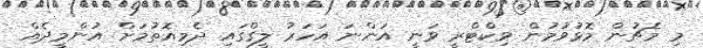
މި މެޗުން މޮޅުވުމުން ވިކްޓްރީ ވަނީ އަންނަ އަހަރު ލީގްގައި ދެމިއޮތުމަށް އުންމީދެއް